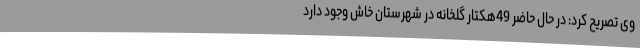
وی تصریح کرد: در حال حاضر 49هکتار گلخانه در شهرستان خاش وجود دارد